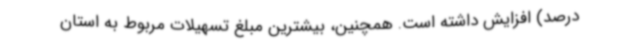
درصد) افزایش داشته است. همچنین، بیشترین مبلغ تسهیلات مربوط به استان